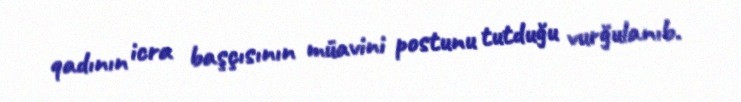
qadının icra başçısının müavini postunu tutduğu vurğulanıb.